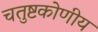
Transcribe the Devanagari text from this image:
चतुष्टकोणीय